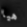
هيا